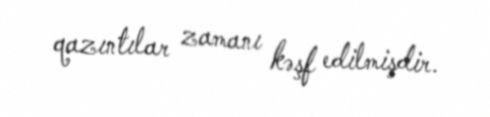
qazıntılar zamanı kəşf edilmişdir.